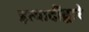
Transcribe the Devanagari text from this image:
इत्यादींद्वारे